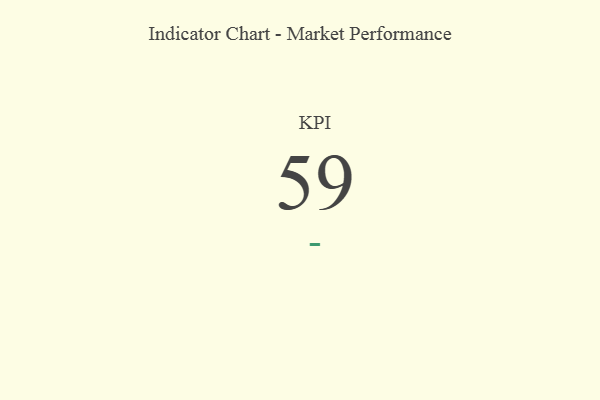
{"axis": {"x": "KPI", "y": "Value"}, "legend": [""], "data": [{"x": "KPI", "y": 59, "type": ""}]}